Mental hospitals Bombay report 1929-33 - 1929-1933
Year: 1929
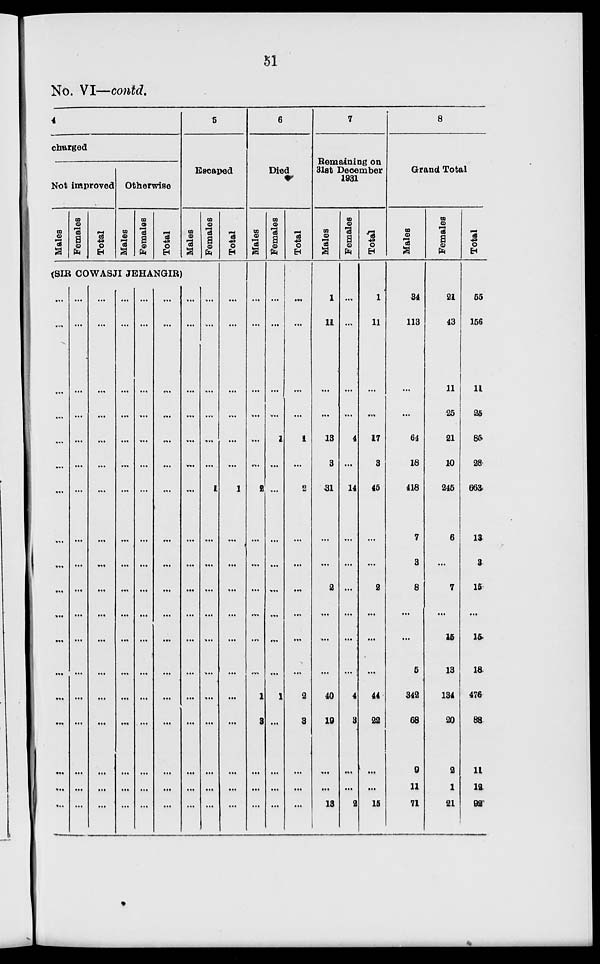
51
No. VI—contd.
4
charged
Not improved
Males
Females
Total
Otherwise
Males
Females
Total
5
Escaped
Males
(SIR COWASJI JEHANGIR)
...
...
...
...
...
...
...
...
...
...
...
...
...
...
...
...
...
...
...
...
...
...
...
...
...
...
...
...
...
...
...
...
...
...
...
...
...
...
...
...
...
...
...
...
...
...
...
...
...
...
...
...
...
...
...
...
...
...
...
...
...
...
...
...
...
...
...
...
...
...
...
...
...
...
...
...
...
...
...
...
...
...
...
...
...
...
...
...
...
...
...
...
...
...
...
...
...
...
...
...
...
...
...
...
...
...
...
...
...
...
...
...
...
...
...
...
...
...
...
...
...
...
...
...
...
...
Females
...
...
...
...
...
...
1
...
...
...
...
...
...
...
...
...
...
...
Total
...
...
...
...
...
...
1
...
...
...
...
...
...
...
...
...
...
...
6
Died
Males
...
...
...
...
...
...
2
...
...
...
...
...
...
1
3
...
...
...
Females
...
...
...
...
1
...
...
...
...
...
...
...
...
1
...
...
...
...
Total
...
...
...
...
1
...
2
...
...
...
...
...
...
2
3
...
...
...
7
Remaining on
31st December
1931
Males
1
11
...
...
13
3
31
...
...
2
...
...
...
40
19
...
...
13
Females
...
...
...
...
4
...
14
...
...
...
...
...
...
4
3
...
...
2
Total
1
11
...
...
17
3
45
...
...
2
...
...
...
44
22
...
...
15
8
Grand Total
Males
34
113
...
...
64
18
418
7
3
8
...
...
5
342
68
9
11
71
Females
21
43
11
25
21
10
245
6
...
7
...
15
13
134
20
2
1
21
Total
55
156
11
25
85
28
663
13
3
15
...
15
18
476
88
11
12
92